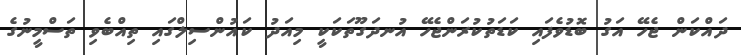
ދައްކަން ޖެހޭ އަގު ބޮޑުވެފައި ކަޑަތުކުރަންޖެހޭ އުނދަގޫތަކަކީ މިއަދު ކައުންސިލްގައި ތިއްބެވި ތަސްމީނުގެ